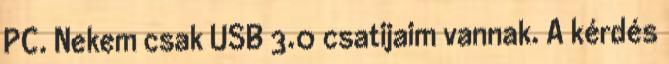
PC. Nekem csak USB 3.0 csatijaim vannak. A kérdés